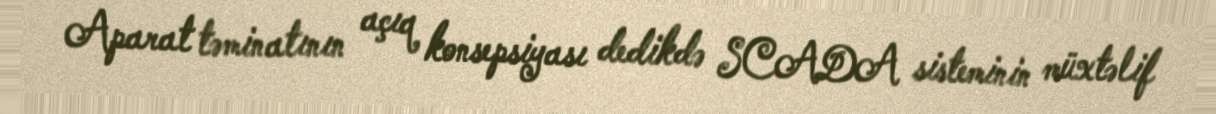
Aparat təminatının açıq konsepsiyası dedikdə SCADA sisteminin müxtəlif